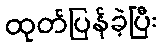
ထုတ်ပြန်ခဲ့ပြီး